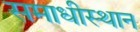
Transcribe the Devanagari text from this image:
समाधीस्थान